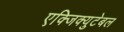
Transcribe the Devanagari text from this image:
एक्जिक्युटेबल